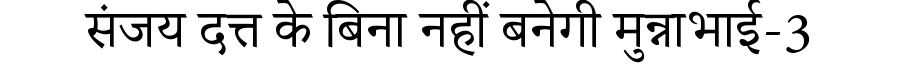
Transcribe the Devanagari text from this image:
संजय दत्त के बिना नहीं बनेगी मुन्नाभाई-3